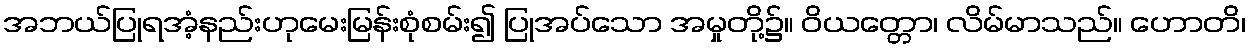
အဘယ်ပြုရအံ့နည်းဟုမေးမြန်းစုံစမ်း၍ ပြုအပ်သော အမှုတို့၌။ ဝိယတ္တော၊ လိမ်မာသည်။ ဟောတိ၊